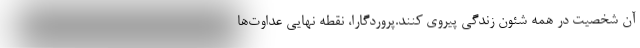
آن شخصیت در همه شئون زندگی پیروی کنند.پروردگارا، نقطه نهایی عداوت‌ها